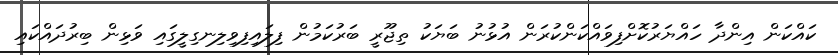
ކައްކަން އިންދާ ހައްޔަރުކޮށްފިވައްކަންކުރަން އުޅުނު ބަޔަކު ތިޖޫރީ ބަރުކަމުން ފިލައިފިވިލިނގިލީގައި ވަޅިން ބިރުދައްކައި